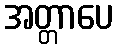
အတ္တာပေ